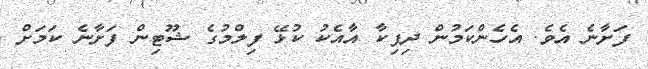
ފަށާނެ އެވެ. އެހެންކަމުން ދިޕިކާ އާއެކު ކުޅޭ ފިލްމުގެ ޝޫޓިން ފަށާނެ ކަމަށް